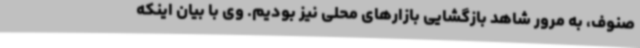
صنوف، به مرور شاهد بازگشایی بازارهای محلی نیز بودیم. وی با بیان اینکه